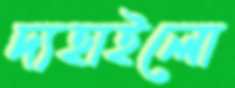
দ্যহাইলো